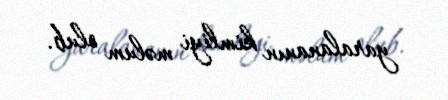
yaralananın kimliyi məlum olub.